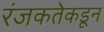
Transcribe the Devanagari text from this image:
रंजकतेकडून